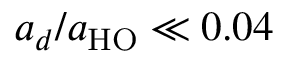
a _ { d } / a _ { \mathrm { H O } } \ll 0 . 0 4